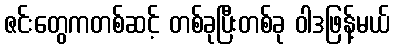
ဇင်းတွေကတစ်ဆင့် တစ်ခုပြီးတစ်ခု ဝါဒဖြန့်မယ်